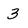
Character: 3